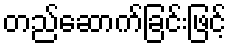
တည်ဆောက်ခြင်းဖြင့်